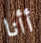
أأنا